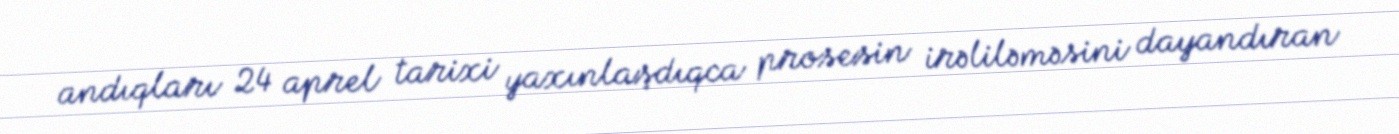
andıqları 24 aprel tarixi yaxınlaşdıqca prosesin irəliləməsini dayandıran